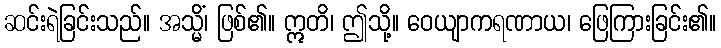
ဆင်းရဲခြင်းသည်။ အသ္မိံ၊ ဖြစ်၏။ ဣတိ၊ ဤသို့။ ဝေယျာကရဏာယ၊ ဖြေကြားခြင်း၏။